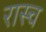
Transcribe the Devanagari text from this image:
रास्च